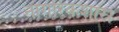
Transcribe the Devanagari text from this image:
नागरिकशास्र